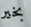
بخير